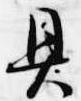
具